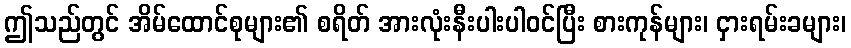
ဤသည်တွင် အိမ်ထောင်စုများ၏ စရိတ် အားလုံးနီးပါးပါဝင်ပြီး စားကုန်များ၊ ငှားရမ်းခများ၊